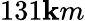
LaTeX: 131\mathbf{k}m